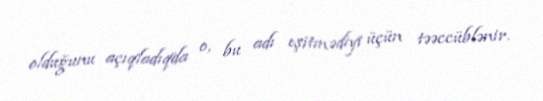
olduğunu açıqladıqda o, bu adı eşitmədiyi üçün təəccüblənir.